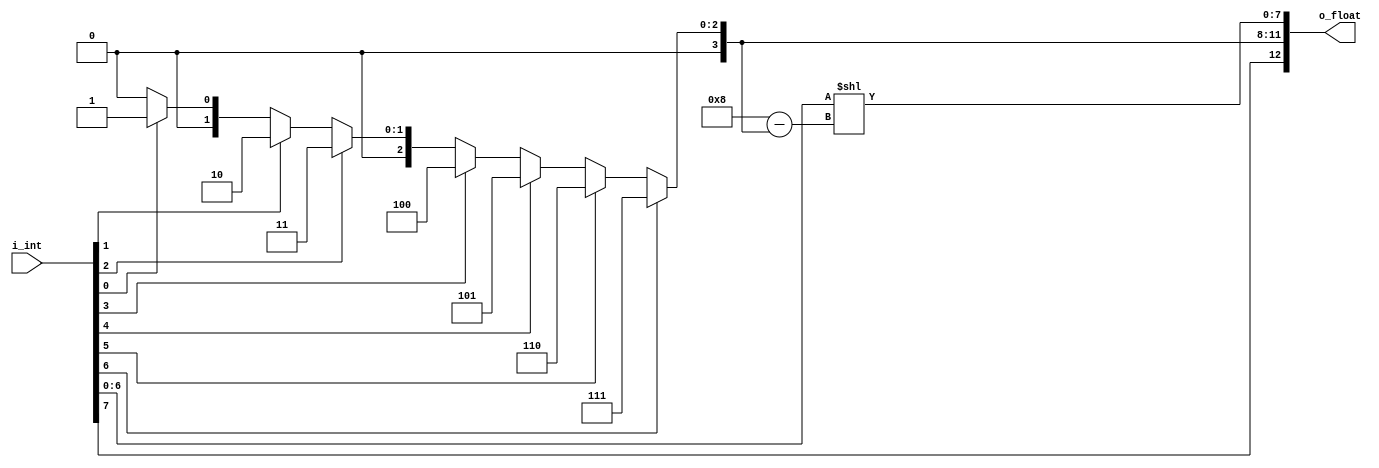
`timescale 1ns / 1ps

module int_to_fp (
        input wire [7:0] i_int,
        output reg [12:0] o_float
    );

    reg [6:0] int_magnitude;
    reg [3:0] f_exp;
    reg [7:0] f_frac;
    reg [3:0] lead;

    always @*
    begin
        if (i_int[6])
            f_exp = 4'b0111;
        else if (i_int[5])
            f_exp = 4'b0110;
        else if (i_int[4])
            f_exp = 4'b0101;
        else if (i_int[3])
            f_exp = 4'b0100;
        else if (i_int[2])
            f_exp = 4'b0011;
        else if (i_int[1])
            f_exp = 4'b0010;
        else if (i_int[0])
            f_exp = 4'b0001;
        else
            f_exp = 4'b0000;
        
        lead = 8 - f_exp;
        // normalize
        int_magnitude = i_int[6:0];
        f_frac = int_magnitude << lead;

        o_float = {i_int[7], f_exp, f_frac};
    end
endmodule